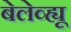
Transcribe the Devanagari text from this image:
बेलेव्ह्यू